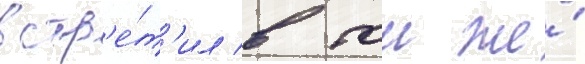
встр'е́т'ил в тои же́